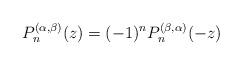
LaTeX: \begin{align*} P_n^{(\alpha,\beta)}(z) &= (-1)^n P_n^{(\beta,\alpha)}(-z)\end{align*}